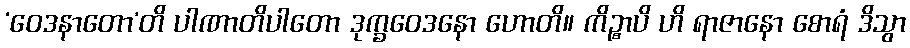
‘ဝေဒနာတော’တိ ပါဏာတိပါတော ဒုက္ခဝေဒနော ဟောတိ။ ကိဉ္စာပိ ဟိ ရာဇာနော စောရံ ဒိသွာ